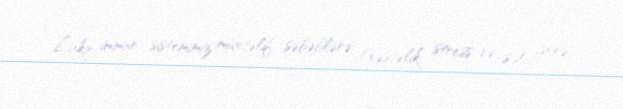
Lakin immun sistemimiz müxtəlif səbəblərə (xəstəlik, stress və s.) görə